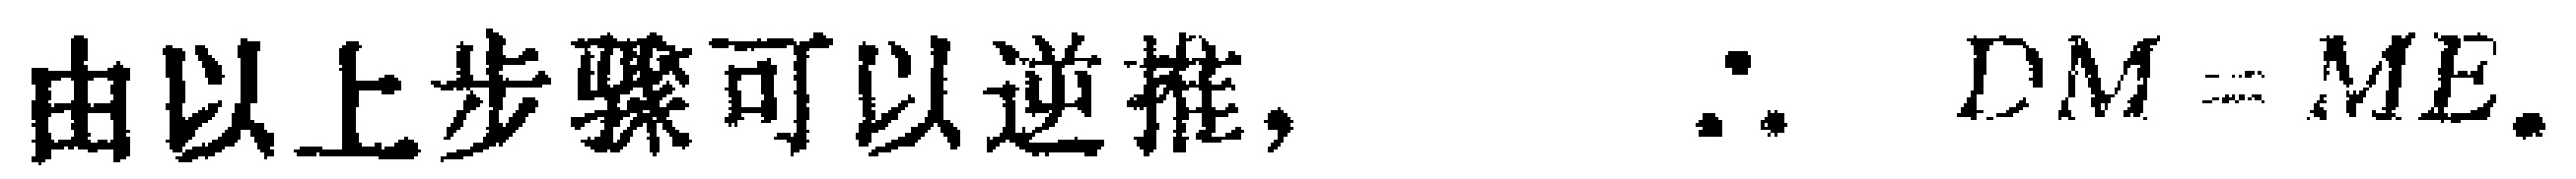
由以上步骤可以逆推， $\therefore DM = ME.$